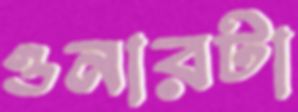
ওনারটা